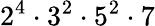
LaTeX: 2^{4}\cdot 3^{2}\cdot 5^{2}\cdot 7